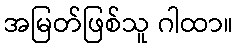
အမြတ်ဖြစ်သူ ဂါထာ။